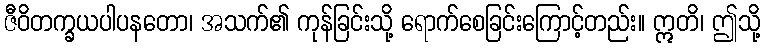
ဇီဝိတက္ခယပါပနတော၊ အသက်၏ ကုန်ခြင်းသို့ ရောက်စေခြင်းကြောင့်တည်း။ ဣတိ၊ ဤသို့